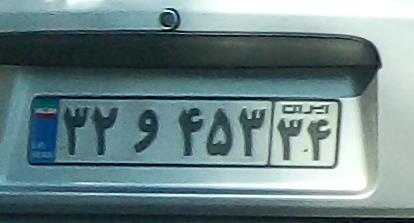
۳۲و۴۵۳۳۴